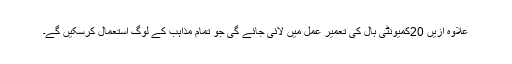
علاوہ ازیں 20کمیونٹی ہال کی تعمیر عمل میں لائی جائے گی جو تمام مذاہب کے لوگ استعمال کرسکیں گے۔